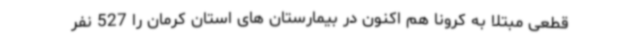
قطعی مبتلا به کرونا هم اکنون در بیمارستان های استان کرمان را 527 نفر